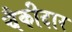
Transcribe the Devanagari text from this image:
चैकीदार